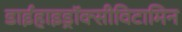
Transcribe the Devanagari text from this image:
डाईहाइड्रॉक्सीविटामिन